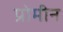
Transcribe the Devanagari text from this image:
प्रोमीन